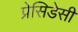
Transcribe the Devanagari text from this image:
प्रेसिडेसी